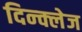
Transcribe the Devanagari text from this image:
दिन्क्लेज